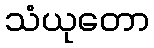
သံယုတော